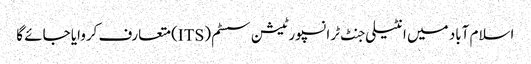
اسلام آباد میں انٹیلی جنٹ ٹرانسپورٹیشن سسٹم (ITS) متعارف کروایا جائے گا